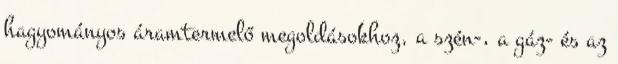
hagyományos áramtermelő megoldásokhoz, a szén-, a gáz- és az